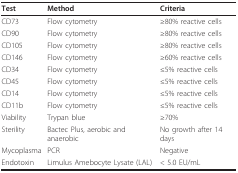
| Test | Method | Criteria |
 | --- | --- | --- |
 | CD73 | Flow cytometry | ≥80% reactive cells |
 | CD90 | Flow cytometry | ≥80% reactive cells |
 | CD105 | Flow cytometry | ≥80% reactive cells |
 | CD146 | Flow cytometry | ≥60% reactive cells |
 | CD34 | Flow cytometry | ≤5% reactive cells |
 | CD45 | Flow cytometry | ≤5% reactive cells |
 | CD14 | Flow cytometry | ≤5% reactive cells |
 | CD11b | Flow cytometry | ≤5% reactive cells |
 | Viability | Trypan blue | ≥70% |
 | Sterility | Bactec Plus, aerobic and anaerobic | No growth after 14 days |
 | Mycoplasma | PCR | Negative |
 | Endotoxin | Limulus Amebocyte Lysate (LAL) | < 5.0 EU/mL |